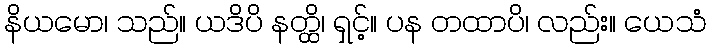
နိယမော၊ သည်။ ယဒိပိ နတ္ထိ၊ ရှင့်။ ပန တထာပိ၊ လည်း။ ယေသံ